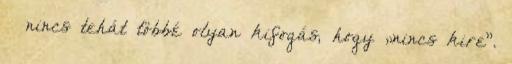
– nincs tehát többé olyan kifogás, hogy „nincs kire”.